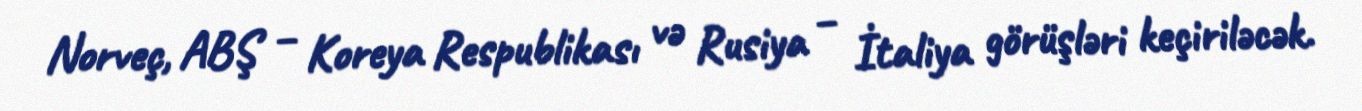
Norveç, ABŞ – Koreya Respublikası və Rusiya – İtaliya görüşləri keçiriləcək.